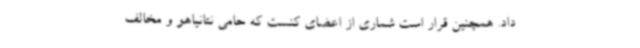
داد. همچنین قرار است شماری از اعضای کنست که حامی نتانیاهو و مخالف